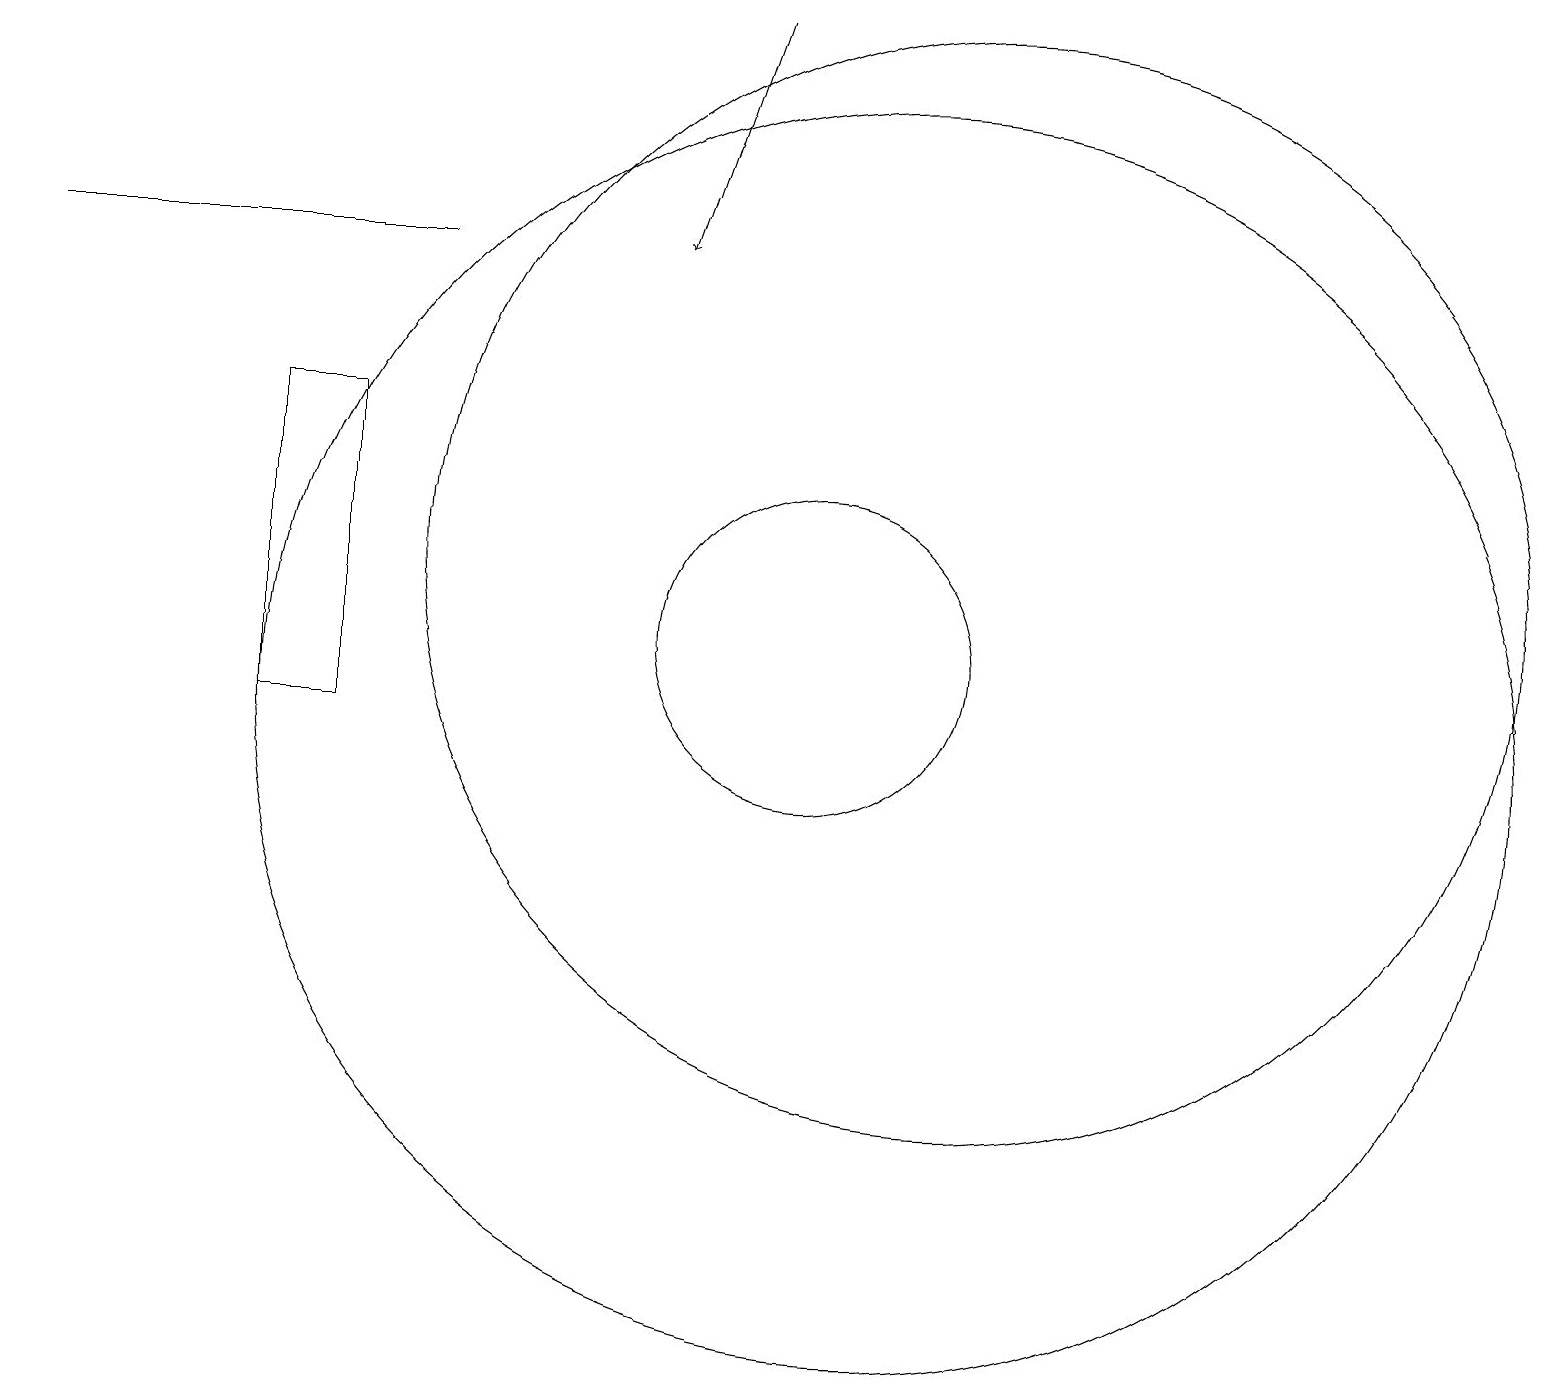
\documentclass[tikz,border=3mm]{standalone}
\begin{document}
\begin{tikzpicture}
\draw (10,11) circle (2);
\draw[->] (9,19) -- (8,16);
\draw (0,16) rectangle (5,16);
\draw (4,10) rectangle (3,14);
\draw (11,10) circle (8);
\draw (12,12) circle (7);
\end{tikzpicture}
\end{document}